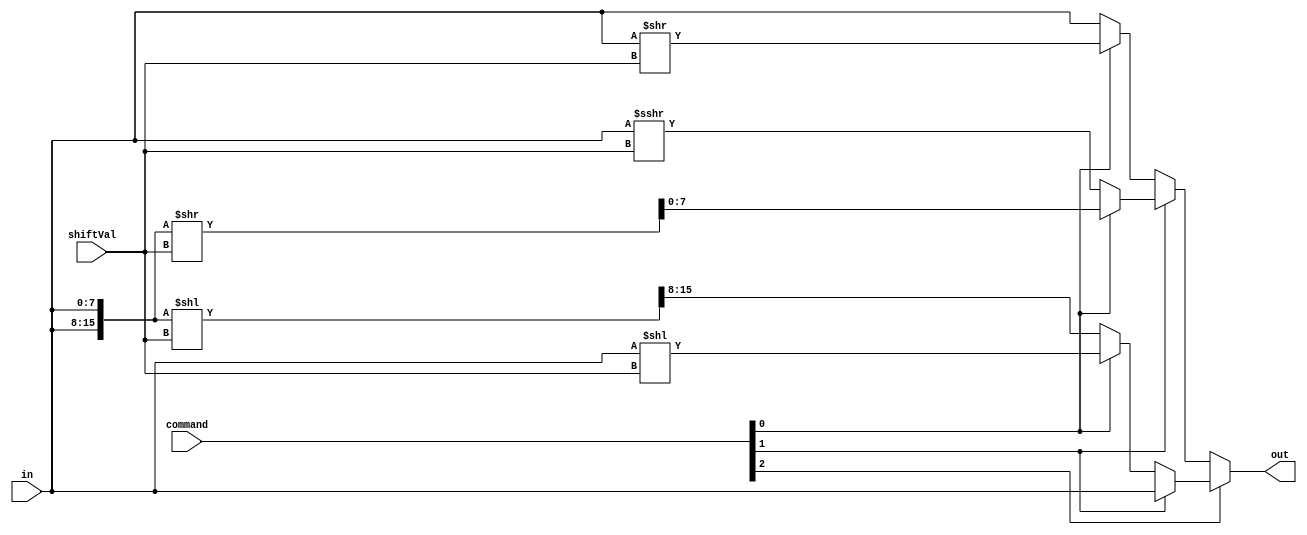
module shift (in, out, shiftVal, command);

	input signed [2:0] command;
	input signed [7:0] in;
	input signed [7:0] shiftVal;
	output signed [7:0] out;
	wire signed [7:0] cirL;
	wire signed [7:0] cirR;
	wire signed [7:0] temp;
	wire signed [7:0] arth;
	
	assign {cirL, temp} = 	{in, in} << shiftVal;
	
	assign {temp, cirR} = {in, in} >> shiftVal;
	
	assign arth = in >>> shiftVal;
	
	assign out = command[2] ? (command[1] ? (command[0] ? in : in) : (command[0] ? (in << shiftVal) : cirL)) : (command[1] ? (command[0] ? cirR  : arth) : (command[0] ? (in >> shiftVal) : in));

endmodule